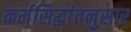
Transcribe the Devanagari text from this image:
कर्मसिद्धांतनुसार